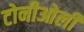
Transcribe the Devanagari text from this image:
टोनीओली